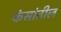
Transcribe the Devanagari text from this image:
कंसांतील